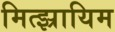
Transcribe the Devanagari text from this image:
मित्झ्रायिम